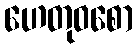
ဟေတုဝစော